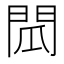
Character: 𮤌